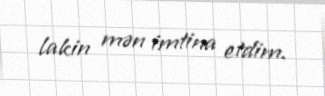
lakin mən imtina etdim.